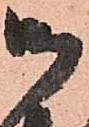
御